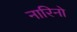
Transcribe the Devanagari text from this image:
नारिनो